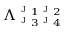
\Lambda _ { \textsc { j } _ { 3 } \textsc { j } _ { 4 } } ^ { \textsc { j } _ { 1 } \textsc { j } _ { 2 } }